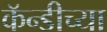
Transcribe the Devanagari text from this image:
कॅन्डीच्या